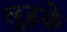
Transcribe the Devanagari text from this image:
लुढ़के